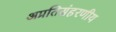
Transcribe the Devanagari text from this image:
अप्रतिसंहरणीय